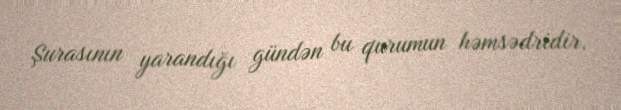
Şurasının yarandığı gündən bu qurumun həmsədridir.